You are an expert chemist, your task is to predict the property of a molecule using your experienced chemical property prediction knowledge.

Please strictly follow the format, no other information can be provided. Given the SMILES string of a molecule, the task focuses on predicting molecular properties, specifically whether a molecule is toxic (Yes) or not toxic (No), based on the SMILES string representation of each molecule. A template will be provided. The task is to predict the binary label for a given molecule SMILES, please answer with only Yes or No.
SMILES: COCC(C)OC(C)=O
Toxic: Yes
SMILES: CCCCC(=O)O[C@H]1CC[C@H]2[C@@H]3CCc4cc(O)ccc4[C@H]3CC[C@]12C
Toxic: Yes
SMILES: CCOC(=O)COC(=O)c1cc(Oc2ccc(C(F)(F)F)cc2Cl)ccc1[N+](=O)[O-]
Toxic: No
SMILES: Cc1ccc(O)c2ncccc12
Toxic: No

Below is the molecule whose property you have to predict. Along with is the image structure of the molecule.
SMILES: O=C(O)c1cn(-c2ccc(F)cc2)c2cc(N3CCNCC3)c(F)cc2c1=O
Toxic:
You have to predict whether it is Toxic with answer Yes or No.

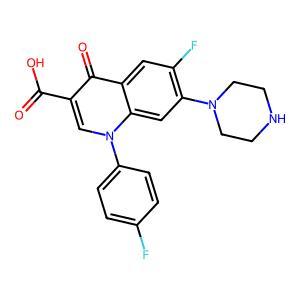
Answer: No